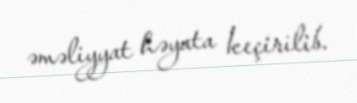
əməliyyat həyata keçirilib.